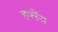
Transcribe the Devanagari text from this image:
हफ्ऱेंज